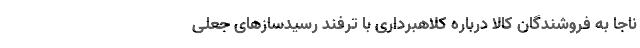
ناجا به فروشندگان کالا درباره کلاهبرداری با ترفند رسیدسازهای جعلی